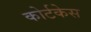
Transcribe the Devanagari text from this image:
कोर्टकेस